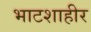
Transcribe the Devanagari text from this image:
भाटशाहीर